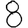
Digit: 8